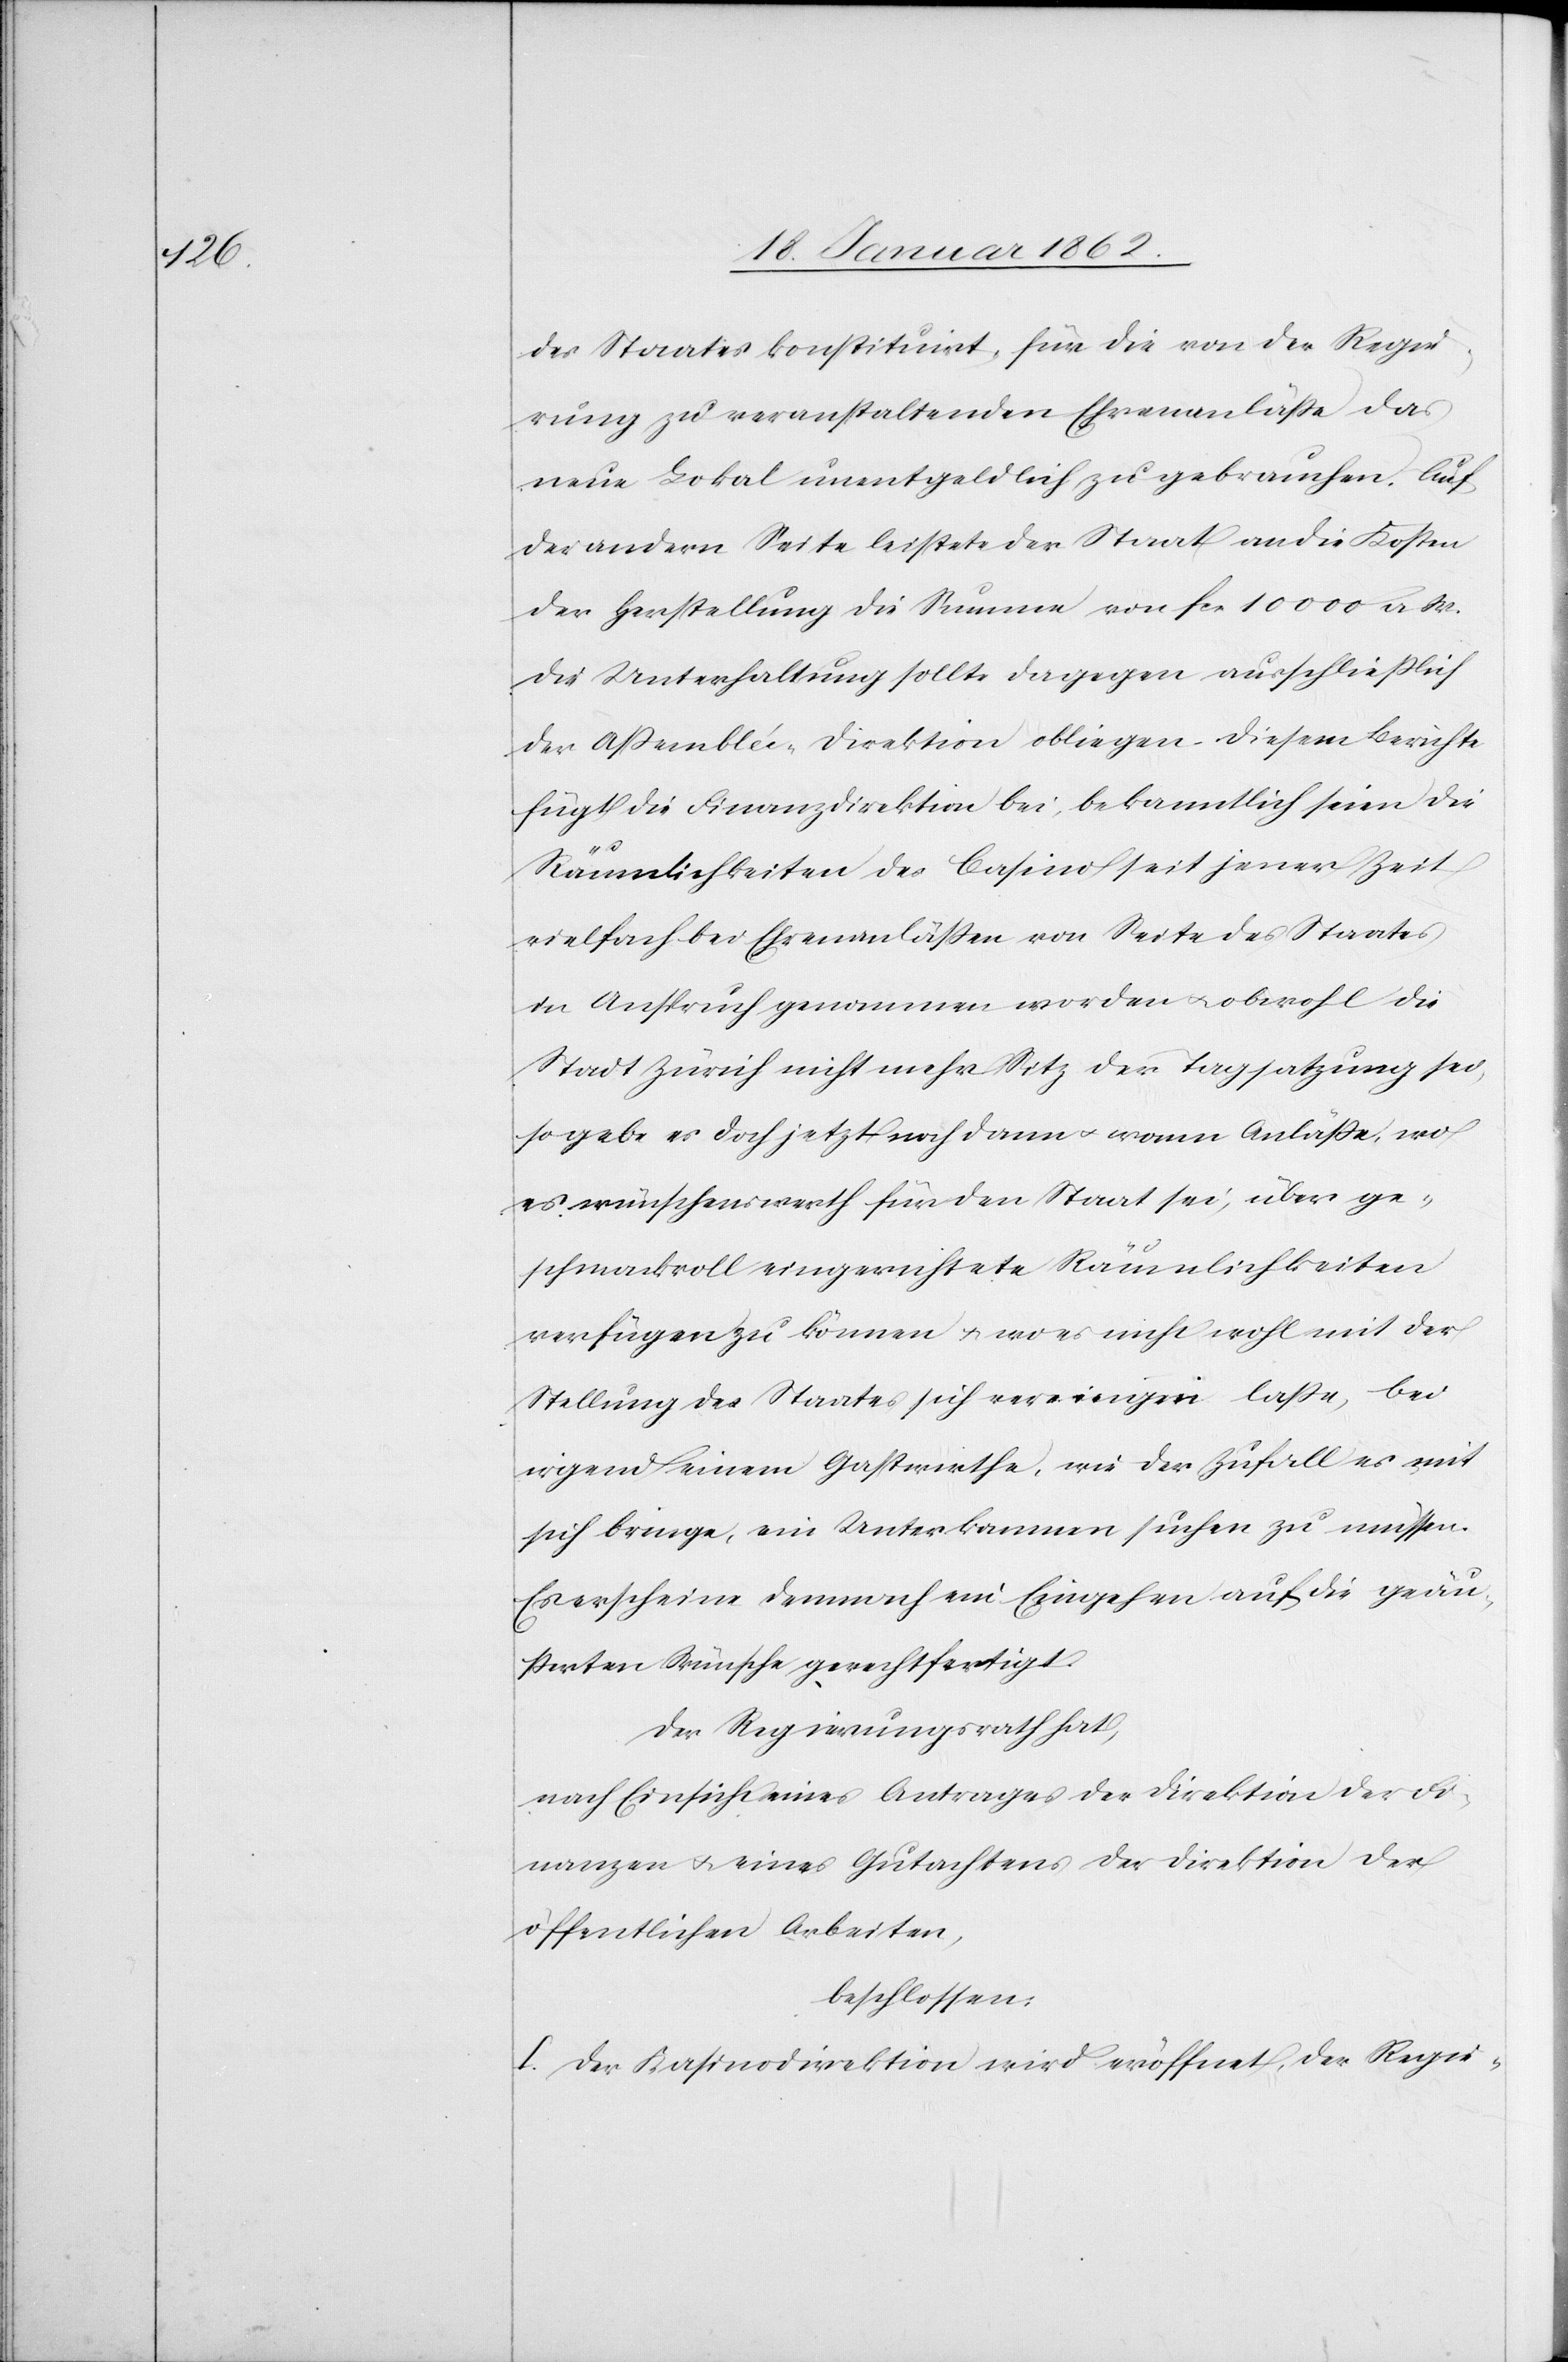
des Staates konstituirt, für die von der Regie¬
rung zu veranstaltenden Ehrenanläße das
neue Lokal unentgeldlich zu gebrauchen. Auf
der andern Seite leistete der Staat an die Kosten
der Herstellung die Summe von fcs 10 000 a W.
Die Unterhaltung sollte dagegen ausschließlich
der Aßemblée-Direktion obliegen. Diesem Berichte
fügt die Finanzdirektion bei, bekanntlich seien die
Räumlichkeiten des Casino seit jener Zeit
vielfach bei Ehrenanläßen von Seite des Staates
in Anspruch genommen worden u. obwohl die
Stadt Zürich nicht mehr Sitz der Tagsatzung sei,
so gebe es doch jetzt noch dann u. wann Anläße, wo
es wünschenswerth für den Staat sei, über ge¬
schmackvoll eingerichtete Räumlichkeiten
verfügen zu können u. wo es nicht wohl mit der
Stellung des Staates sich vereinigen laße, bei
irgend einem Gastwirthe, wie der Zufall es mit
sich bringe, ein Unterkommen suchen zu müssen.
Es erscheine demnach ein Eingehen auf die geäu¬
ßerten Wünsche gerechtfertigt.
Der Regierungsrath hat,
nach Einsicht eines Antrages der Direktion der Fi¬
nanzen u. eines Gutachtens der Direktion der
öffentlichen Arbeiten,
beschlossen:
I. Der Kasinodirektion wird eröffnet, der Regie-